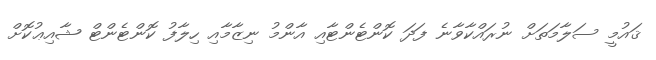
ޤައުމީ ސަލާމަތަށް ނުރައްކާވާނެ ފަދަ ކޮންޓެންޓާއި އާންމު ނިޒާމާއި ހިލާފު ކޮންޓެންޓް ޝާއިޢުކޮށް